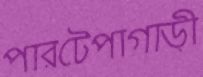
পারটেপাগাড়ী